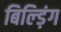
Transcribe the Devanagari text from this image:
बिल्ड़िंग